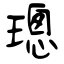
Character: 璁